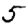
Digit: 5